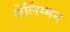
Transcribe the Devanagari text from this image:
सेलिंग्मन